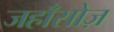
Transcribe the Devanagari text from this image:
जहाँसोज़